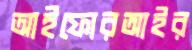
আইফোরআইর